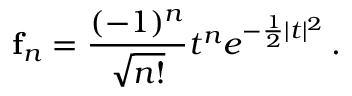
{ \bf f } _ { n } = \frac { ( - 1 ) ^ { n } } { \sqrt { n ! } } t ^ { n } e ^ { - \frac { 1 } { 2 } | t | ^ { 2 } } \, .